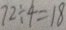
7 2 \div 4 = 1 8